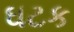
ઘટક